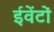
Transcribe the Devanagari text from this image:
ईवेंटों